Riigikantselei, lk 113
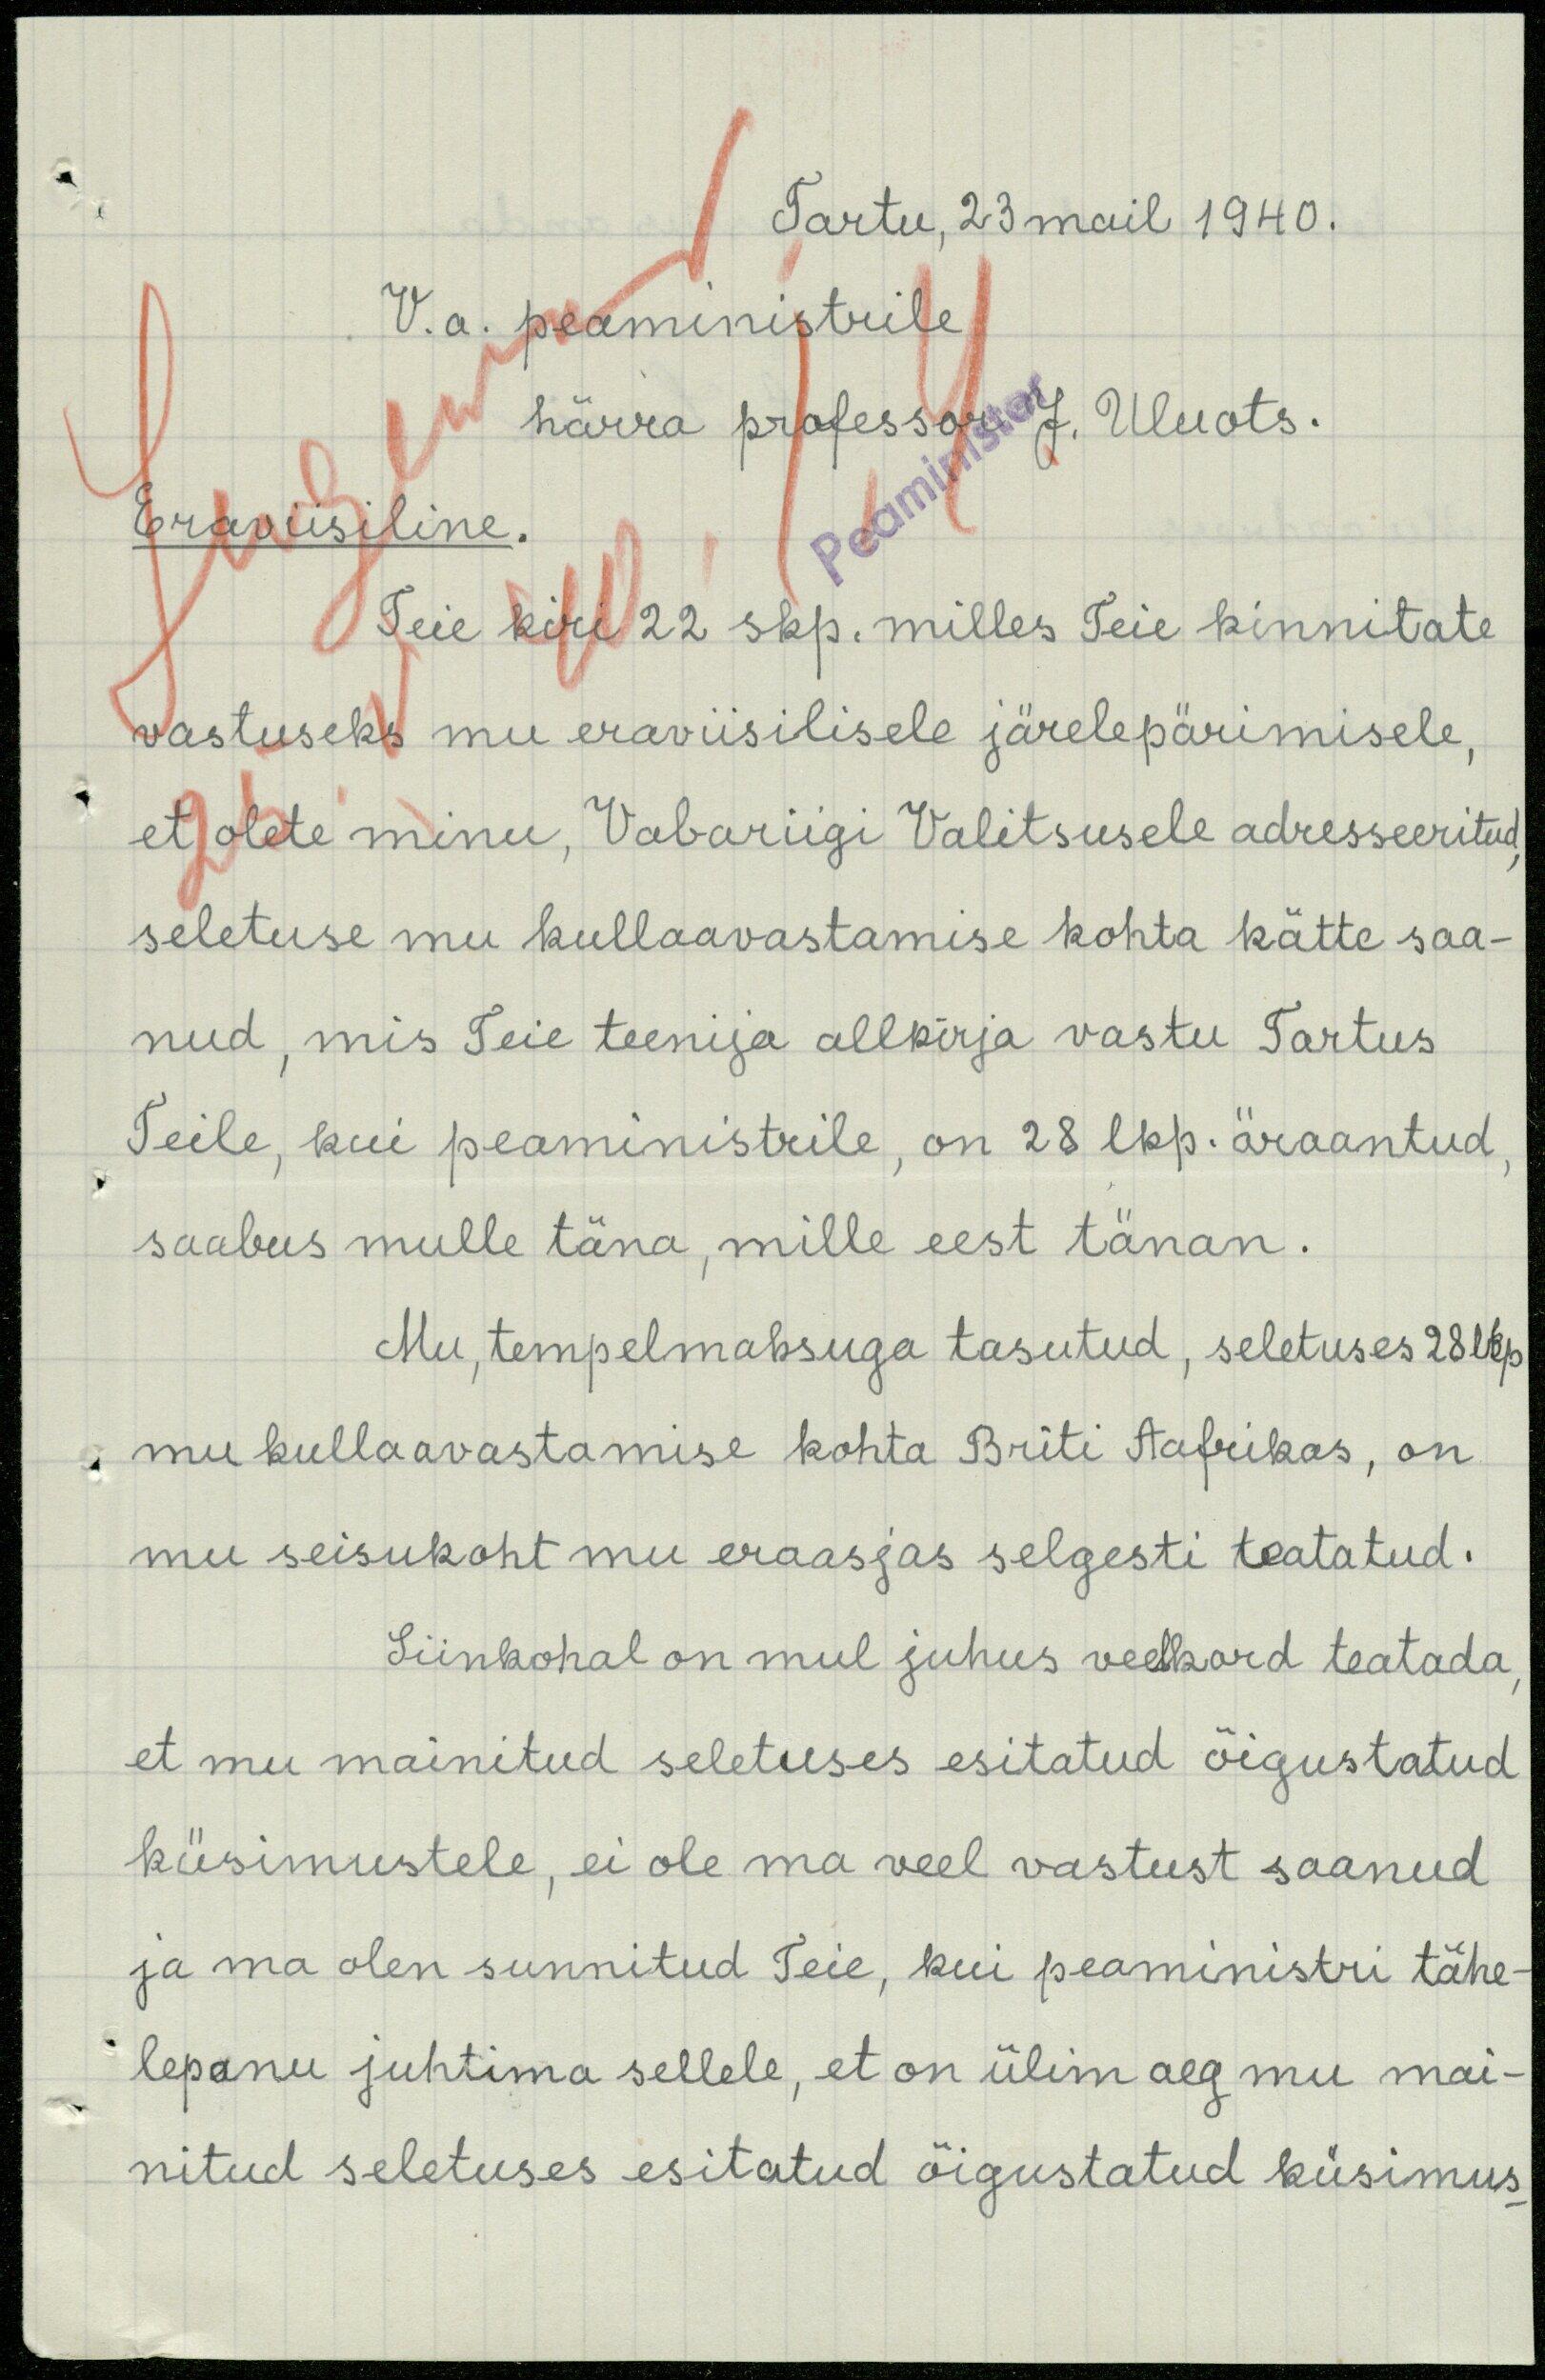
Tartu, 23 mail 1940.
V.a. peaministrile
härra professor J. Uluots.
Eraviisiline.
Teie kiri 22 skp. milles Teie kinnitate
vastuseks mu eraviisilisele järelepärimisele,
et olete minu, Vabariigi Valitsusele adresseeritud,
seletuse mu kullaavastamise kohta kätte saa-
nud, mis Teie teenija allkirja vastu Tartus
Teile, kui peaministrile, on 28 lkp. äraantud,
saabus mulle täna, mille eest tänan.
Mu, tempelmaksuga tasutud, seletuses 28 lkp.
mu kulla avastamise kohta Briti Aafrikas, on
mu seisukoht mu eraasjas selgesti teatatud.
Siinkohal on mul juhus veelkord teatada,
et mu mainitud seletuses esitatud õigustatud
küsimustele, ei ole ma veel vastust saanud
ja ma olen sunnitud Teie, kui peaministri tähe-
lepanu juhtima sellele, et on ülim aeg mu mai-
nitud seletuses esitatud õigustatud küsimus